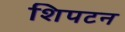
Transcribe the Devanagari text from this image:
शिपटन